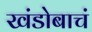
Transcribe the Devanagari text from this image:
खंडोबाचं